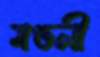
মণ্ডলী